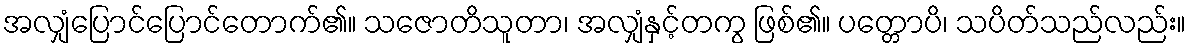
အလျှံပြောင်ပြောင်တောက်၏။ သဇောတိသူတာ၊ အလျှံနှင့်တကွ ဖြစ်၏။ ပတ္တောပိ၊ သပိတ်သည်လည်း။